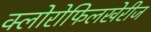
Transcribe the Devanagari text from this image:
क्लोरोफिलखेरीज